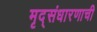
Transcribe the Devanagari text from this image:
मृद्संधारणाची